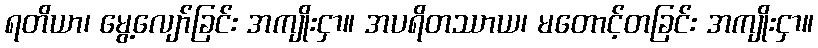
ရတိယာ၊ မွေ့လျော်ခြင်း အကျိုးငှာ။ အပရိတဿာယ၊ မတောင့်တခြင်း အကျိုးငှာ။